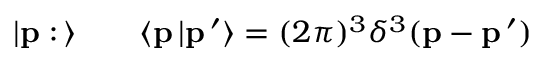
\vert { \bf p } : \, \rangle \qquad \langle { \bf p } \, \vert { \bf p } \, ^ { \prime } \rangle = ( 2 \pi ) ^ { 3 } \delta ^ { 3 } ( { \bf p } - { \bf p } \, ^ { \prime } )